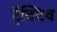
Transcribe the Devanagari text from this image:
ट्रैक्टिव